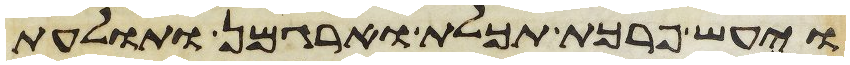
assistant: ויעש פרכת תכלת וארגמן ותולעת